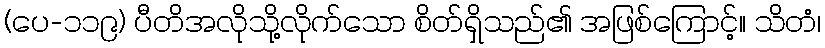
(ပေ-၁၁၉) ပီတိအလိုသို့လိုက်သော စိတ်ရှိသည်၏ အဖြစ်ကြောင့်။ သိတံ၊